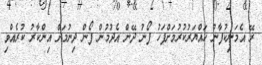
ރޭ އެމަނިކުފާނު ހައްޔަރުކުރުމަށްފަހު ފޯނު ދޭން އެދުމުން ފޯން ދިނުމަށް އިންކާރު ކުރެއްވި